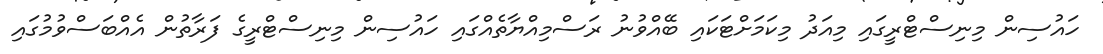
ހައުސިން މިނިސްޓްރީގައި މިއަދު މިކަމަށްޓަކައި ބޭއްވުނު ރަސްމިއްޔާތެއްގައި ހައުސިން މިނިސްޓްރީގެ ފަރާތުން އެއްބަސްވުމުގައި